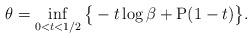
LaTeX: \begin{align*}\theta = \inf_{0< t< 1/2} \big\{-t\log\beta + \mathrm{P}(1-t)\big\}.\end{align*}